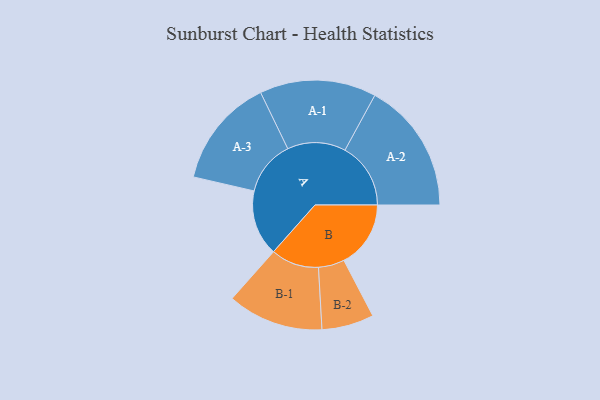
{"axis": {"x": "Segment", "y": "Value"}, "legend": ["", "A", "B"], "data": [{"x": "A", "y": 300, "type": ""}, {"x": "B", "y": 305, "type": ""}, {"x": "A-1", "y": 266, "type": "A"}, {"x": "A-2", "y": 300, "type": "A"}, {"x": "A-3", "y": 250, "type": "A"}, {"x": "B-1", "y": 219, "type": "B"}, {"x": "B-2", "y": 119, "type": "B"}]}